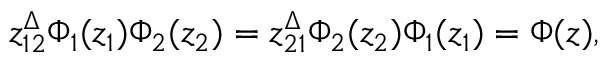
z _ { 1 2 } ^ { \Delta } { \Phi _ { 1 } ( z _ { 1 } ) } { \Phi _ { 2 } ( z _ { 2 } ) } = z _ { 2 1 } ^ { \Delta } { \Phi _ { 2 } ( z _ { 2 } ) } { \Phi _ { 1 } ( z _ { 1 } ) } = \Phi ( z ) ,